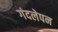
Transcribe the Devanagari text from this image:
गंदलेपन